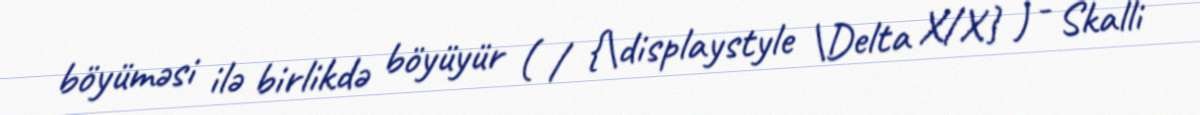
böyüməsi ilə birlikdə böyüyür ( / {\displaystyle \Delta X/X} ) - Skalli